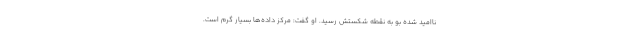
ناامید شده بو به نقطه شکستش رسید. او گفت: مرکز داده‌ها بسیار گرم است.